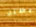
البطلة